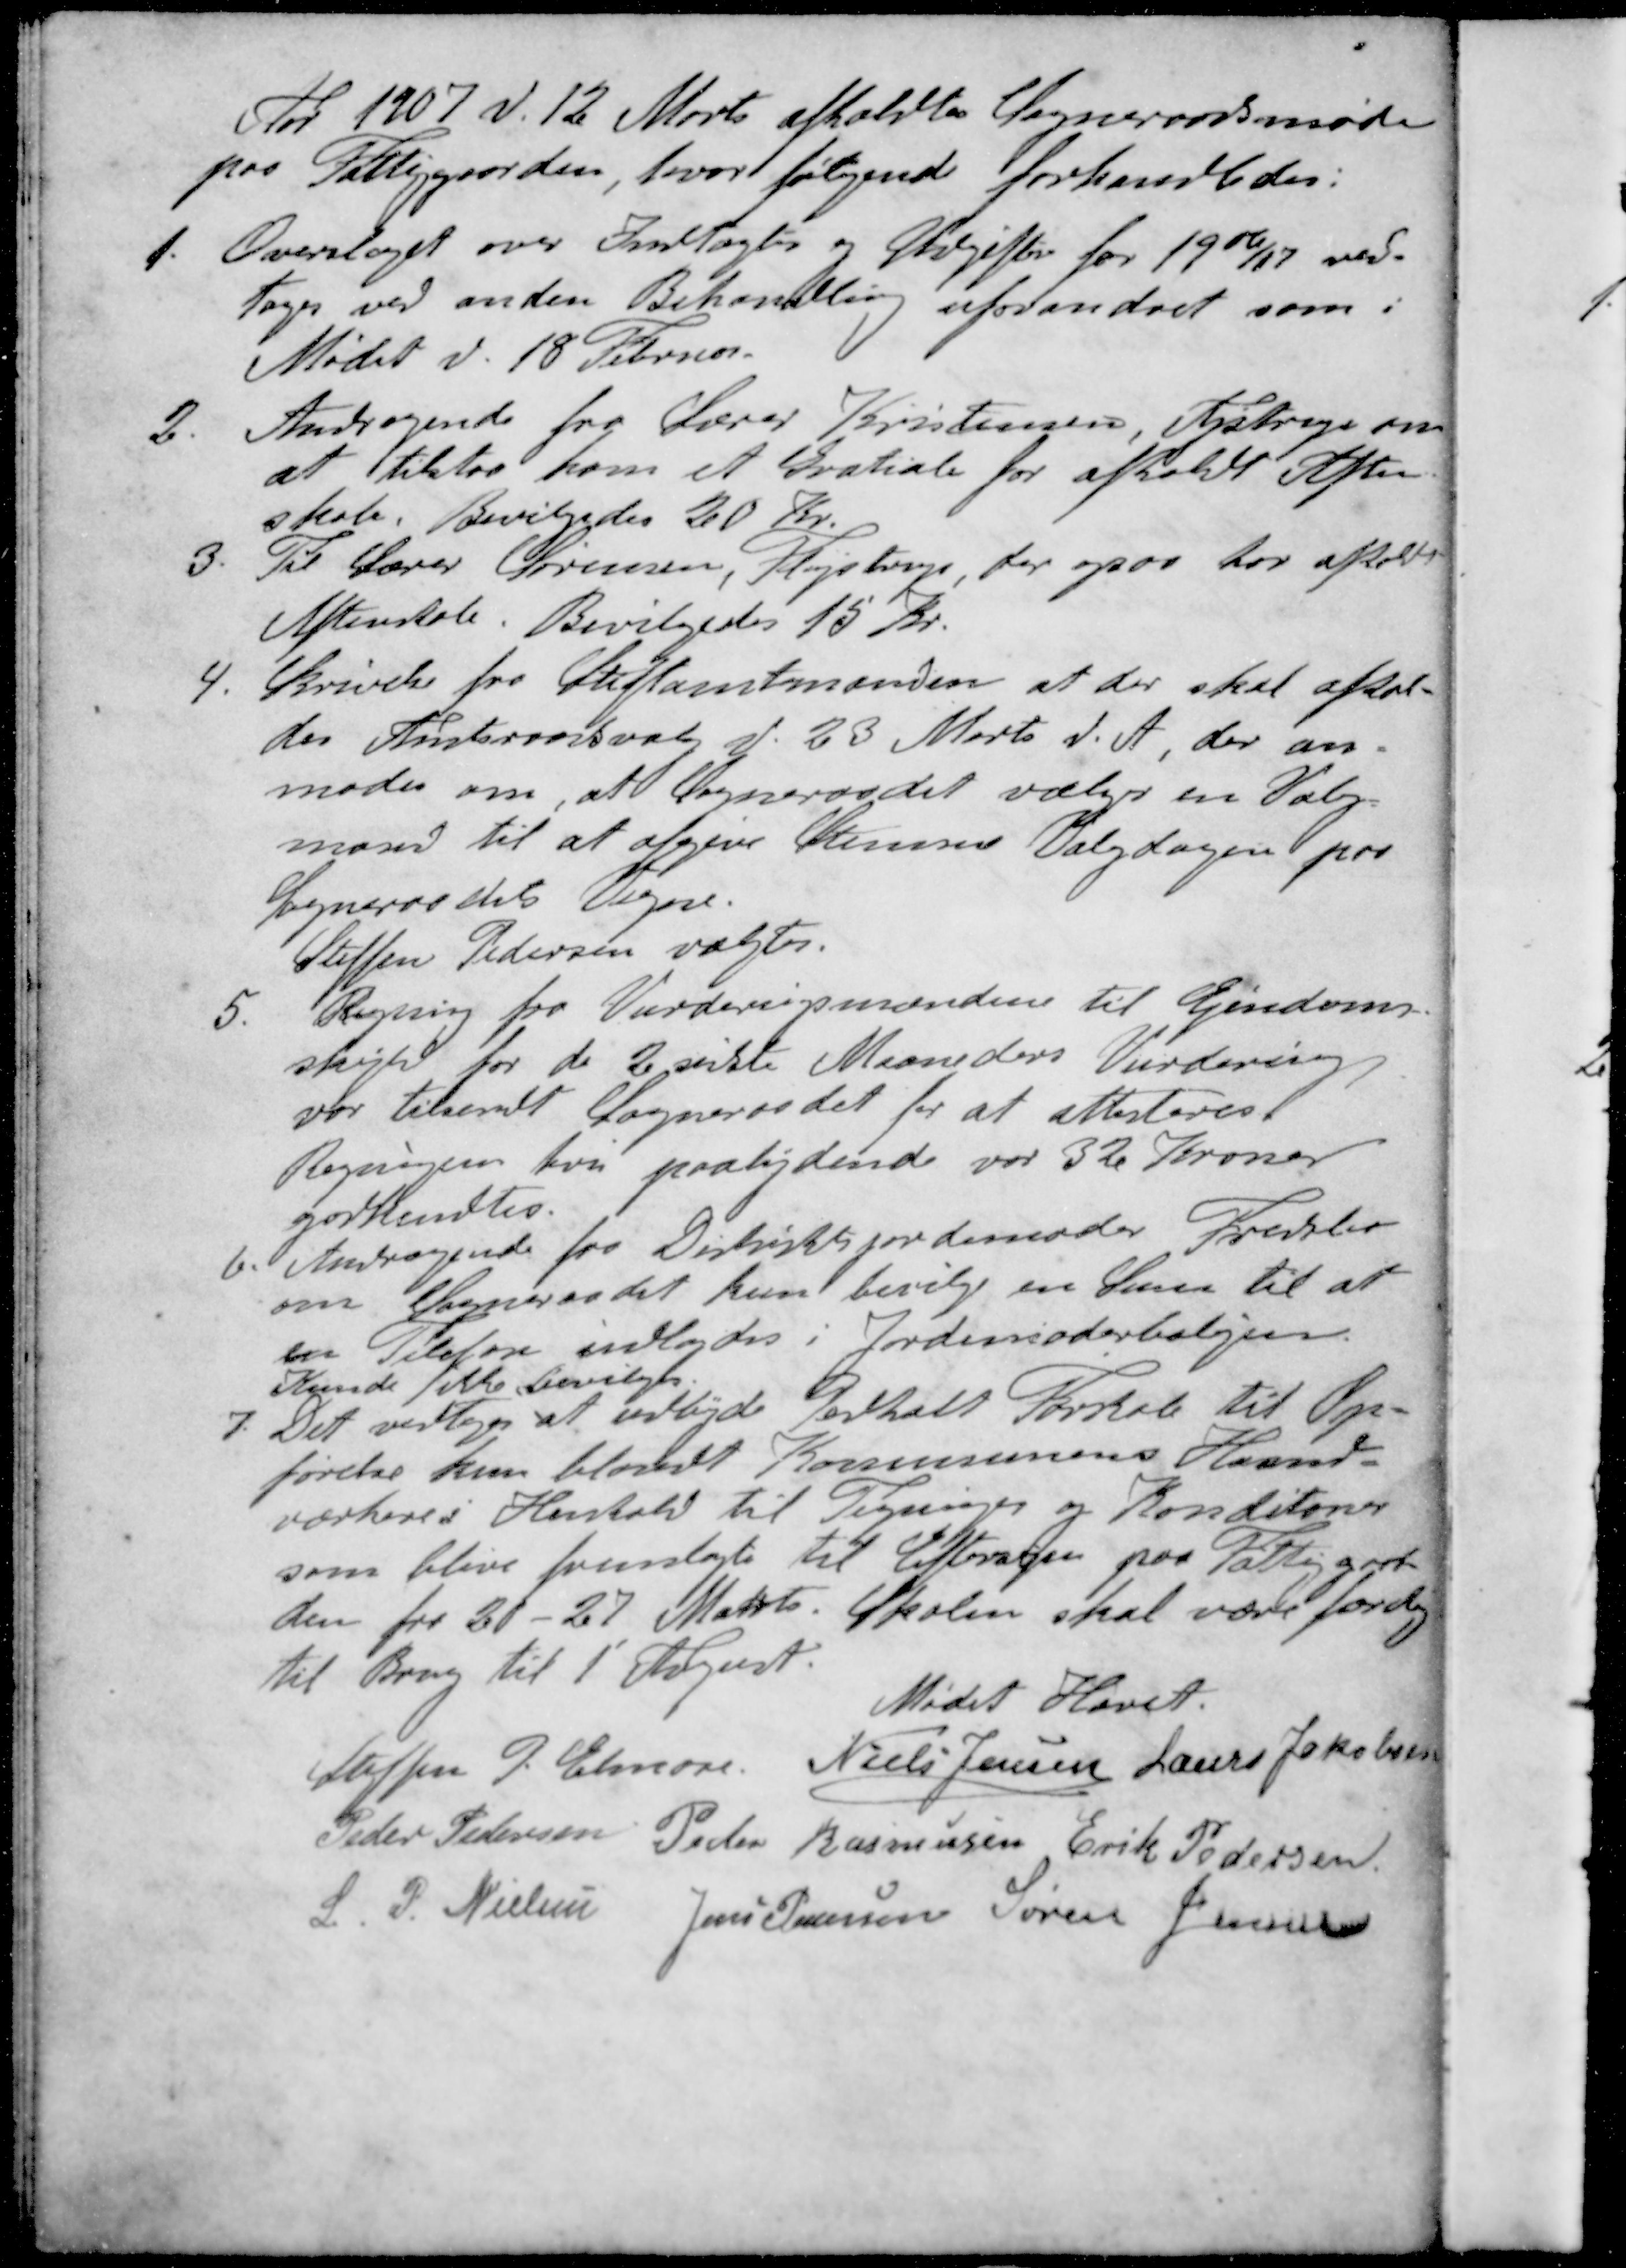
Transskription:
Aar 1907 d. 12 Marts afholdtes Sogneraadsmøde
paa Fattiggaarden, hvor følgende forhandledes:
1. Overslaget over Indtægter og Udgifter for 1906/07 ved-
toges ved anden Behandling uforandret som i
Mødet d. 18 Februar
2. Andragende fra Lærer Kristensen, Ajstrup om
at tilstaa ham et Gratiale for afholdt Aften-
skole. Bevilgedes 20 Kr.
3. Til Lærer Sørensen, Fløjstrup, der ogsaa har afholdt
Aftenskole. Bevilgedes 15 Kr.
4. Skrivelse fra Stiftamtmanden at der skal afhol-
des Amtsraadsvalg d. 23 Marts d. A., der an-
moder om, at Sogneraadet vælger en Valg-
mand til at afgive Stemme Valgdagen paa
Sogneraadets Vegne.
Steffen Pedersen valgtes.
5. Regning fra Vurderigsmænden til Ejendoms-
skyld for de 2 sidste Maaneders Vurdering
var tilsendt Sogneraadet for at attesteres
Regningen hvis paalidende var 32 Kroner
godkendtes.
6. Andragende fra Distriktsjordemoder Fredslev
om Sogneraadet kun bevilge en Sum til at
en Telefon indlagdes i Jordemoderboligen.
Kunde ikke bevilges.
7. Det vedtoges at udbyde Pedholt Forskole til Op-
førelse kun blandt Kommunens Haand-
værkere i Henhold til Tegning og Konditoner
som blive fremlagt til Eftersyn paa Fattiggår-
den fra 20 - 27 Marts. Skolen skal være færdig
til Brug til 1' August.
Mødet Hævet.
Steffen P Elmose
Niels Jensen
Laurs Jakobsen
Peder Pedersen
Peder Rasmussen
Erik Pedersen
S. P. Nielsen
Jens Pedersen
Søren Jensen